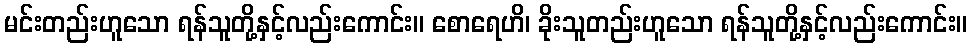
မင်းတည်းဟူသော ရန်သူတို့နှင့်လည်းကောင်း။ စောရေဟိ၊ ခိုးသူတည်းဟူသော ရန်သူတို့နှင့်လည်းကောင်း။